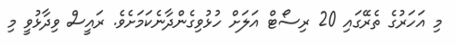
މި އަހަރުގެ ތެރޭގައި 20 ރިސޯޓް އަލަށް ހުޅުވިގެންދާނެކަމަށެވެ. ރައީސް ވިދާޅުވީ މި